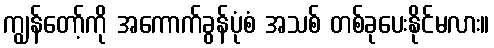
ကျွန်တော့်ကို အကောက်ခွန်ပုံစံ အသစ် တစ်ခုပေးနိုင်မလား။